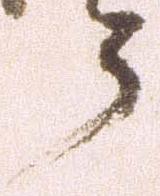
郎